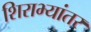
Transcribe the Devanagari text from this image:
शिराभ्यांतर